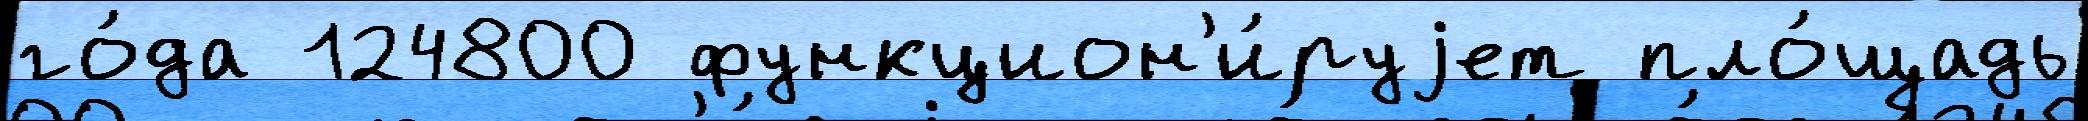
го́да 124800 функцион'и́руjет пло́щадь